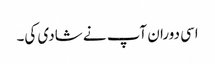
اسی دوران آپ نے شادی کی۔